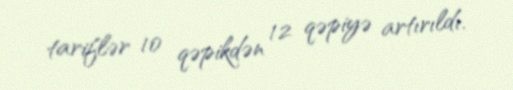
tariflər 10 qəpikdən 12 qəpiyə artırıldı.